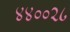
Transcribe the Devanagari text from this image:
४४००२८